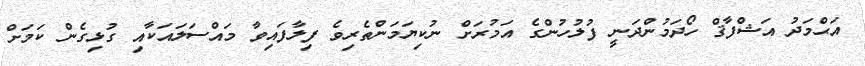
އަޙްމަދު އަޝްފާޤް ހޯދަމުންދަނީ ފުލުހުންގެ އަމުރަށް ނުކިޔަމަންތެރިވެ ފިލާފައިވާ މައްސަލައަކާއި ގުޅިގެން ކަމަށް